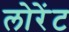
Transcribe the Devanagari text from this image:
लोरेंट